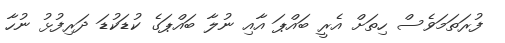
ފުރަތަމަވެސް ހިތަށް އެރީ ބައްޕަ އާއި ނުލާ ބައްޕަގެ ކުޑަކުޑަ ދަރިފުޅު ނުހާ